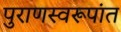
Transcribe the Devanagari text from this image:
पुराणस्वरूपांत